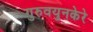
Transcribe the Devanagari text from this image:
गुरुवयुनकेरे